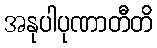
အနုပါပုဏာတီတိ